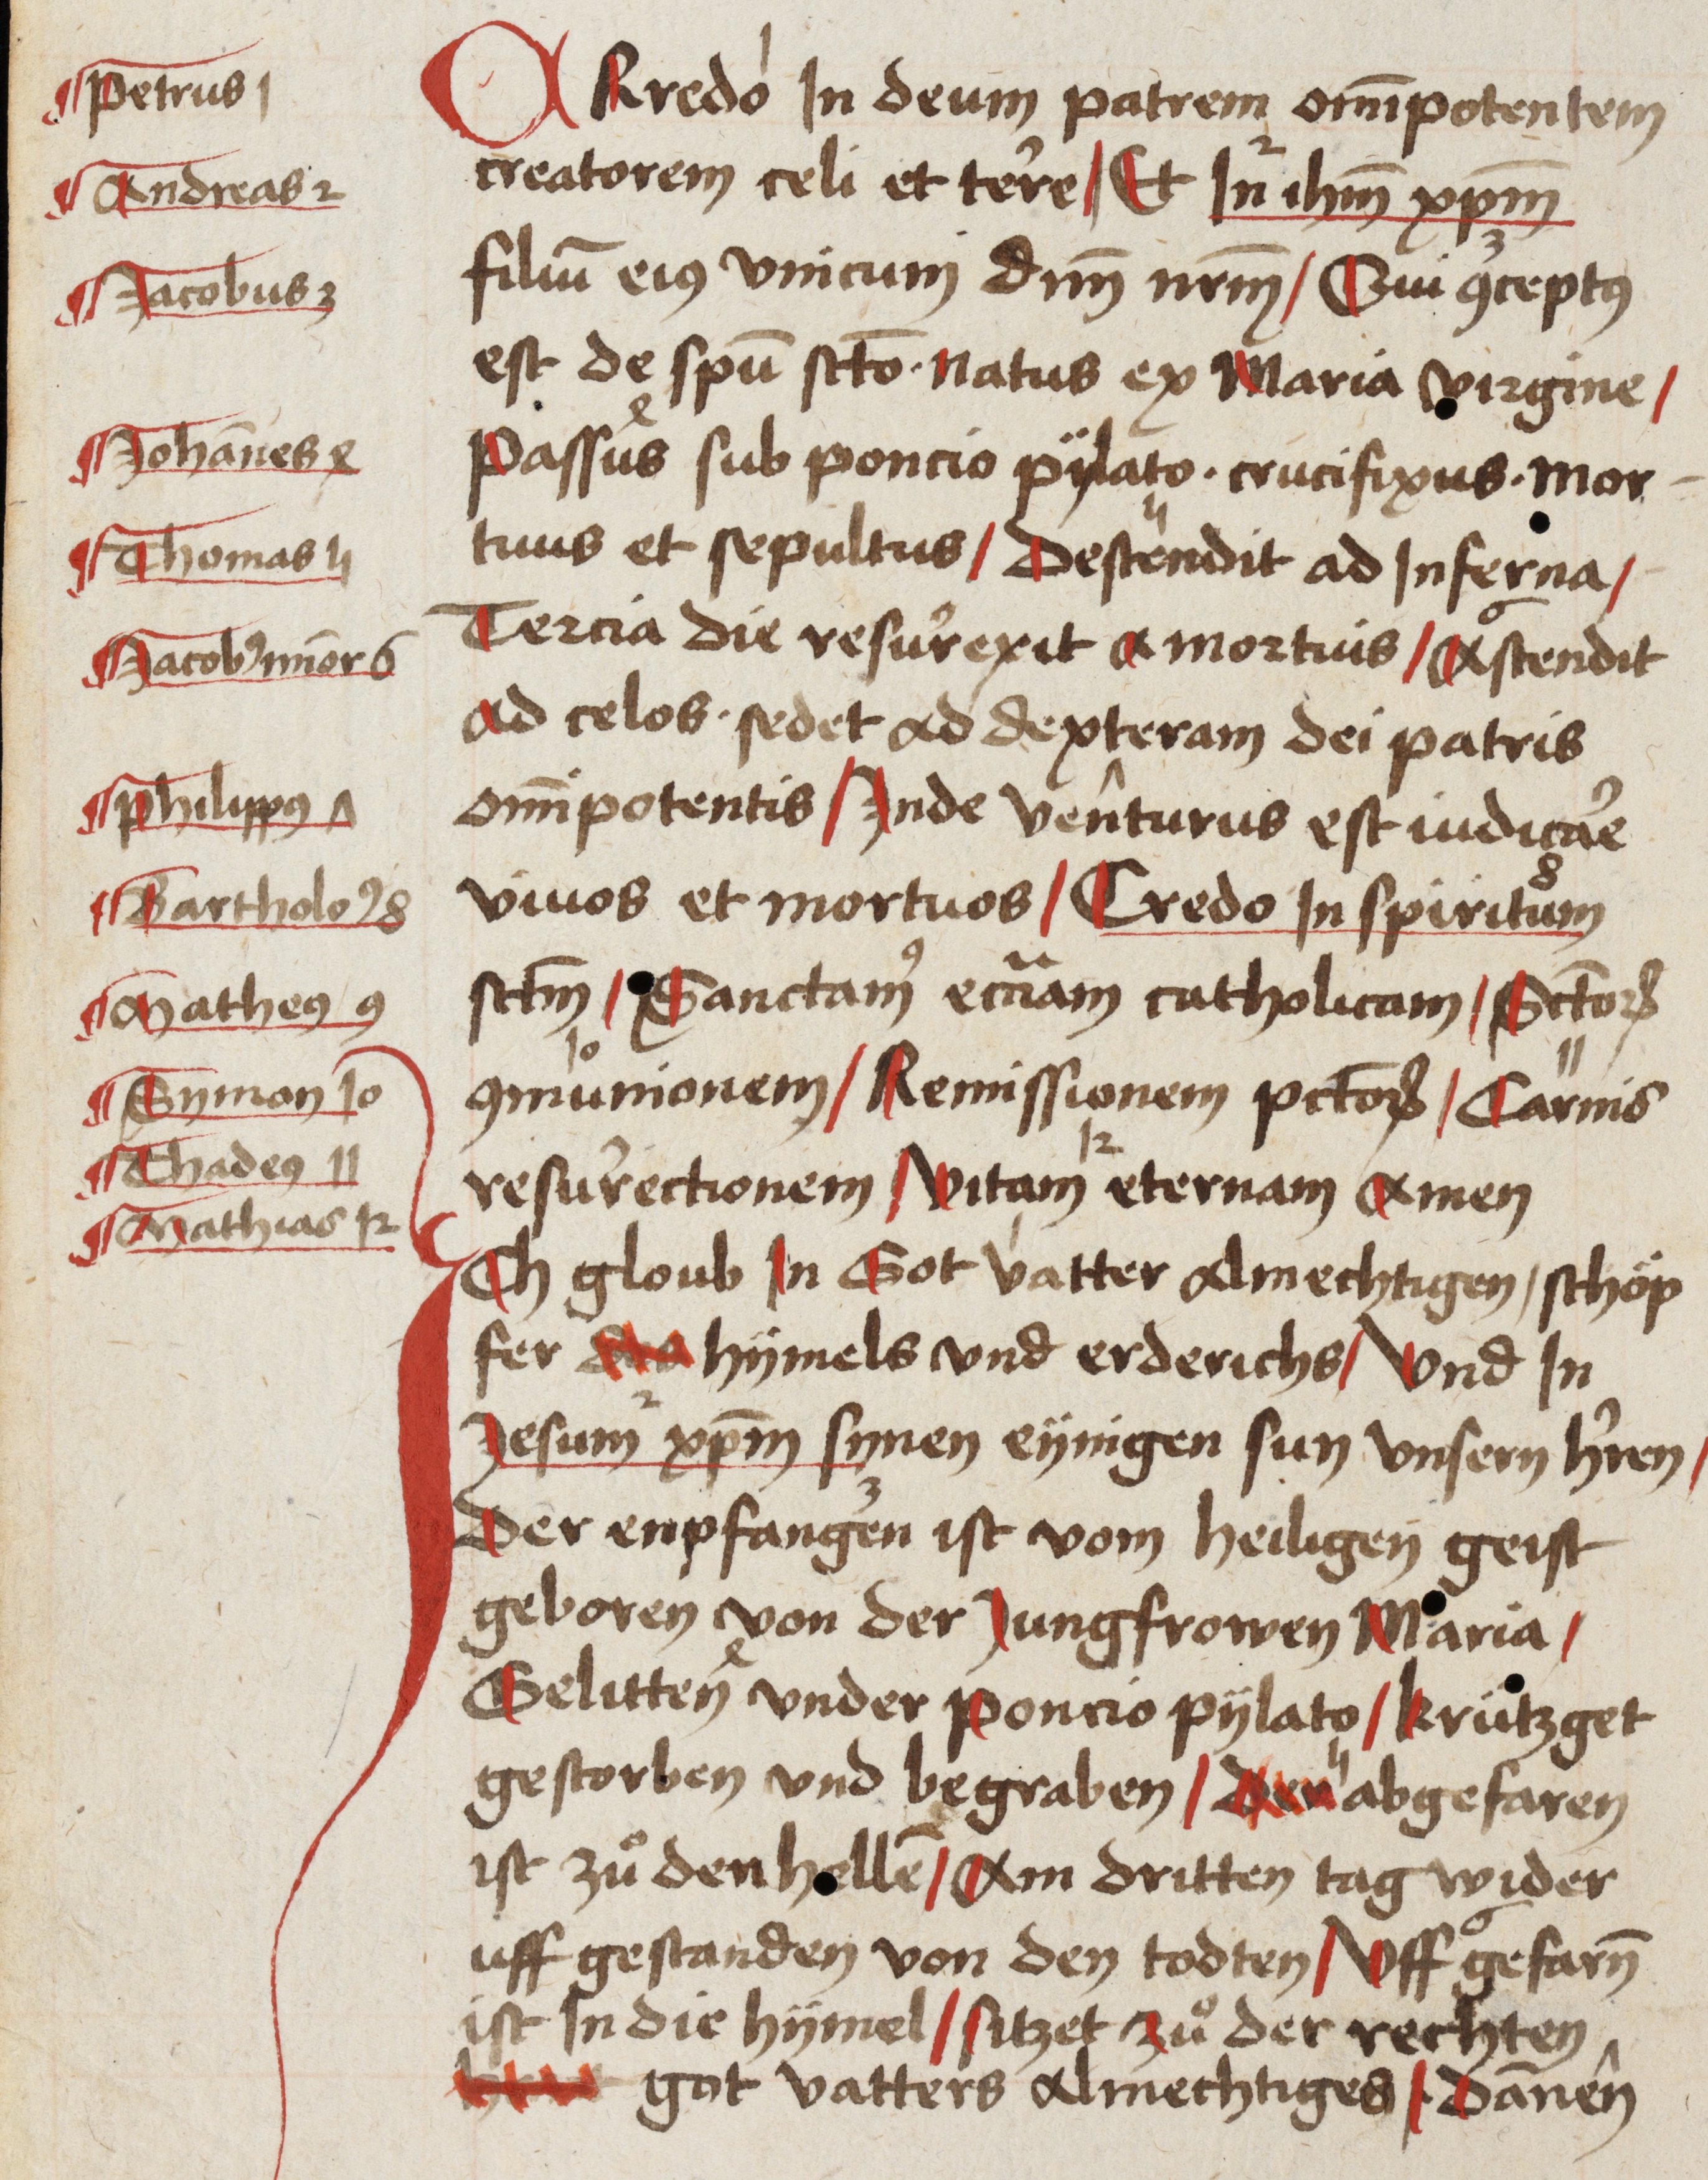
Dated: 1485–1515